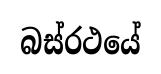
බස්රථයේ